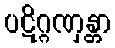
ပဋိဂ္ဂဏှန္တာ